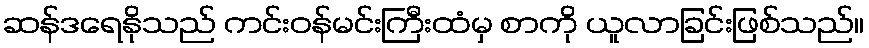
ဆန်ဒရေနိုသည် ကင်းဝန်မင်းကြီးထံမှ စာကို ယူလာခြင်းဖြစ်သည်။